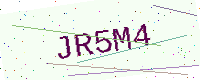
Text: JR5M4